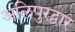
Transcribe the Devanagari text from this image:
अलिपुरद्वार